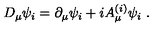
D _ { \mu } \psi _ { i } = \partial _ { \mu } \psi _ { i } + i A _ { \mu } ^ { ( i ) } \psi _ { i } \ .